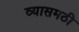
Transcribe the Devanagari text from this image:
व्यासमठी